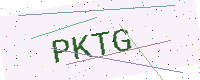
Text: PKTG